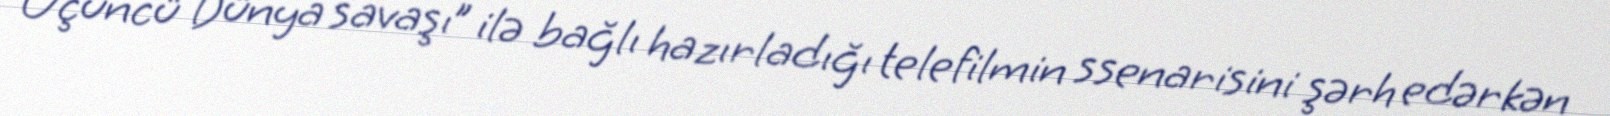
“Üçüncü Dünya savaşı” ilə bağlı hazırladığı telefilmin ssenarisini şərh edərkən